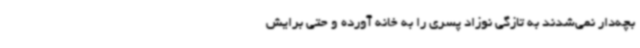
بچه‌دار نمی‌شدند به تازگی نوزاد پسری را به خانه آورده و حتی برایش